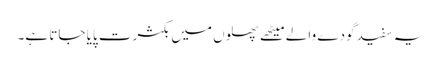
یہ سفید گودے والے میٹھے پھلوں میں بکثرت پایا جاتا ہے۔